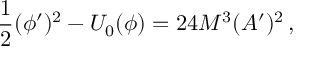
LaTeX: \frac { 1 } { 2 } ( \phi ^ { \prime } ) ^ { 2 } - U _ { 0 } ( \phi ) = 2 4 M ^ { 3 } ( A ^ { \prime } ) ^ { 2 } \, ,